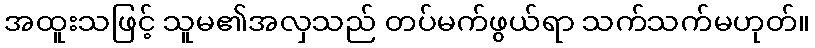
အထူးသဖြင့် သူမ၏အလှသည် တပ်မက်ဖွယ်ရာ သက်သက်မဟုတ်။